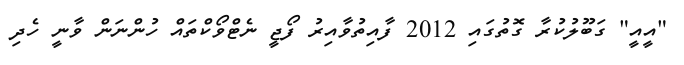
"އީއީ" ގަބޫލުކުރާ ގޮތުގައި 2012 ފާއިތުވާއިރު ފޯޖީ ނެޓްވޯކްތައް ހުންނަން ވާނީ ހެދި